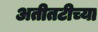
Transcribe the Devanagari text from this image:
अतीतटीच्या